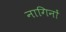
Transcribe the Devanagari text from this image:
नागिनों